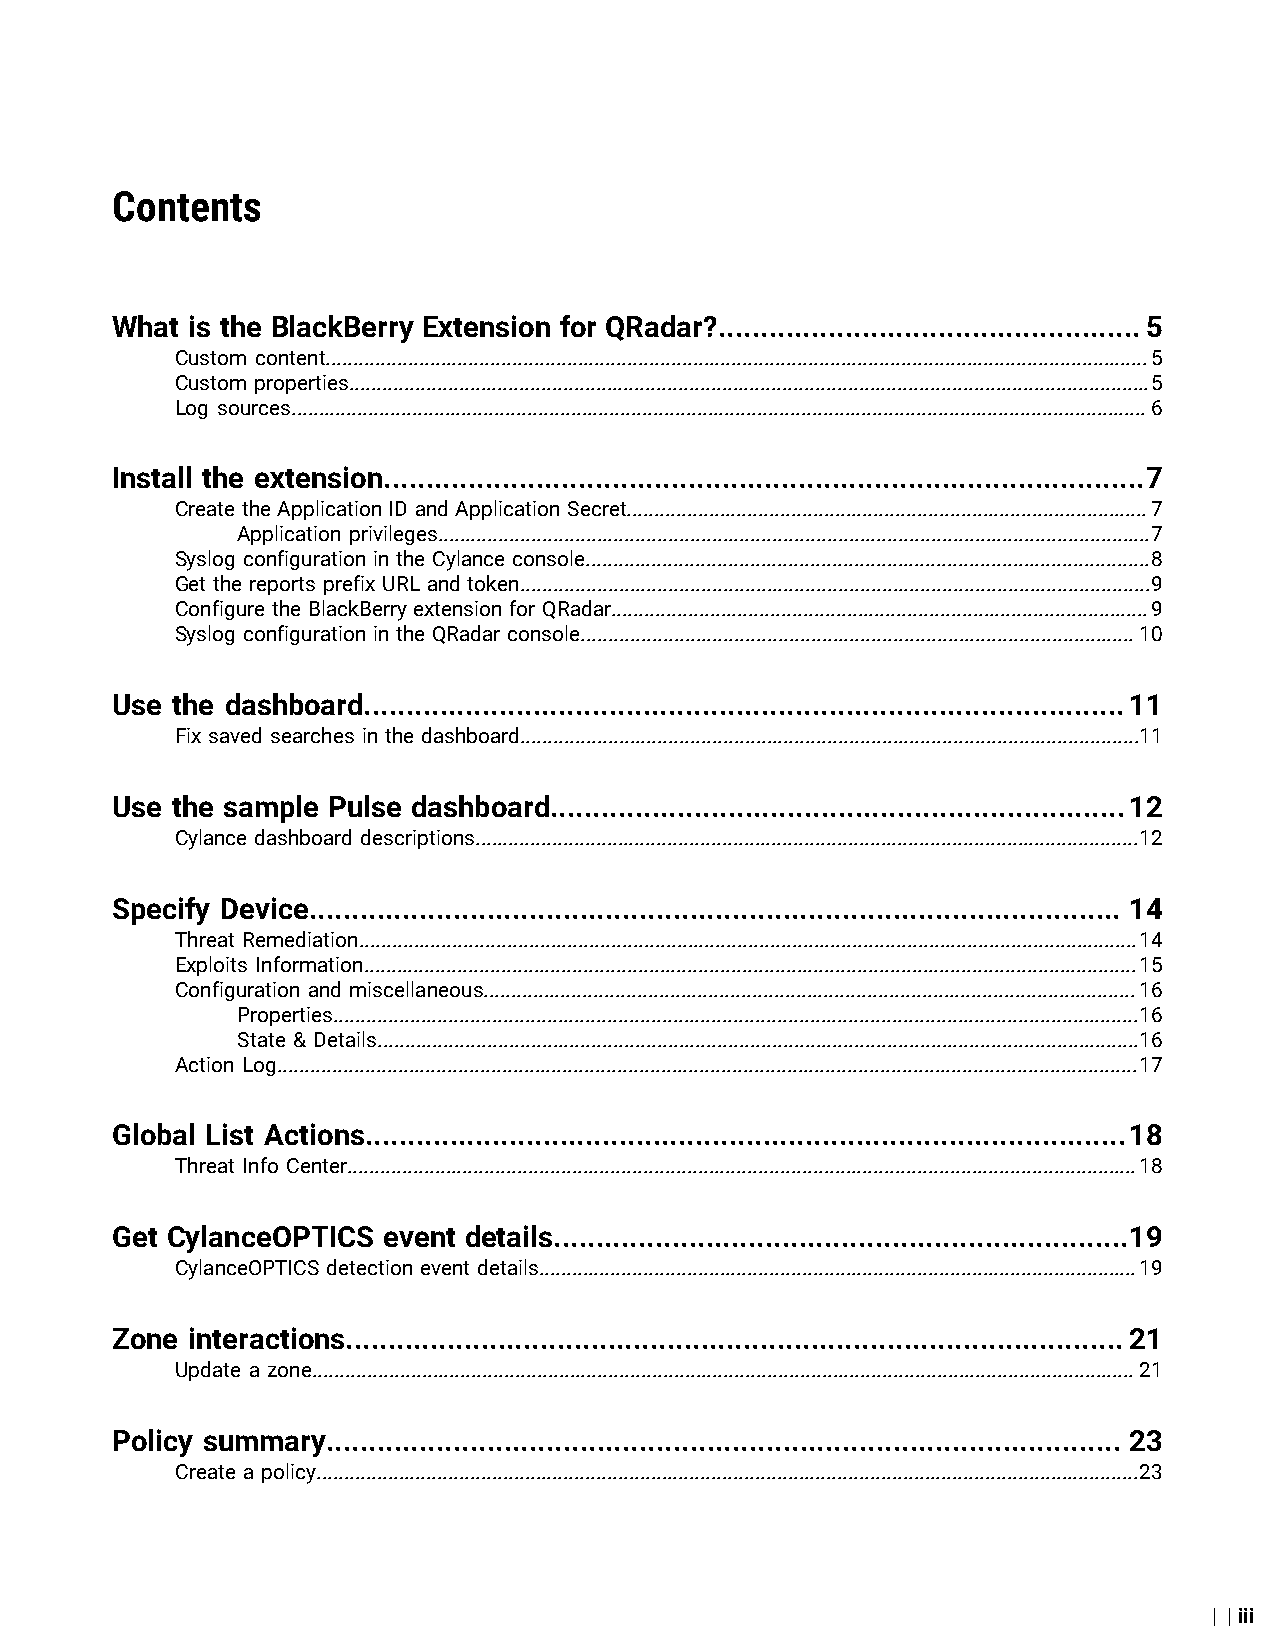
Contents
 What is the BlackBerry Extension for QRadar?..................................................5
 Custom content......................................................................................................................................................5
 Custom properties..................................................................................................................................................5
 Log sources............................................................................................................................................................6
 Install the extension..........................................................................................7
 Create the Application ID and Application Secret...............................................................................................7
 Application privileges..................................................................................................................................7
 Syslog configuration in the Cylance console.......................................................................................................8
 Get the reports prefix URL and token...................................................................................................................9
 Configure the BlackBerry extension for QRadar..................................................................................................9
 Syslog configuration in the QRadar console.....................................................................................................10
 Use the dashboard..........................................................................................11
 Fix saved searches in the dashboard.................................................................................................................11
 Use the sample Pulse dashboard....................................................................12
 Cylance dashboard descriptions.........................................................................................................................12
 Specify Device................................................................................................ 14
 Threat Remediation..............................................................................................................................................14
 Exploits Information.............................................................................................................................................15
 Configuration and miscellaneous.......................................................................................................................16
 Properties...................................................................................................................................................16
 State & Details...........................................................................................................................................16
 Action Log.............................................................................................................................................................17
 Global List Actions..........................................................................................18
 Threat Info Center................................................................................................................................................18
 Get CylanceOPTICS event details....................................................................19
 CylanceOPTICS detection event details.............................................................................................................19
 Zone  interactions............................................................................................21
 Update a zone......................................................................................................................................................21
 Policy summary.............................................................................................. 23
 Create a policy......................................................................................................................................................23
 | | iii